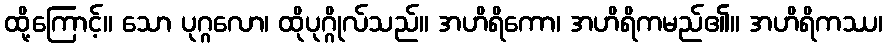
ထို့ကြောင့်။ သော ပုဂ္ဂလော၊ ထိုပုဂ္ဂိုလ်သည်။ အဟိရိကော၊ အဟိရိကမည်၏။ အဟိရိကဿ၊